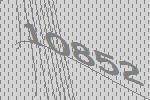
10852